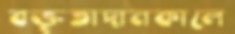
বক্তৃতাদানকালে